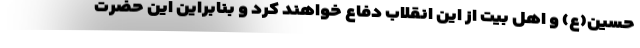
حسین(ع) و اهل بیت از این انقلاب دفاع خواهند کرد و بنابراین این حضرت